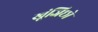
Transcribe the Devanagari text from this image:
खूंजिछो